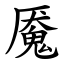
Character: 魇